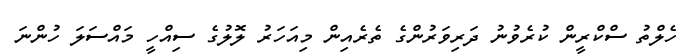
ހެލްތު ސްކްރީން ކުރެވުނު ދަރިވަރުންގެ ތެރެއިން މިއަހަރު ލޮލުގެ ސިއްހީ މައްސަލަ ހުންނަ